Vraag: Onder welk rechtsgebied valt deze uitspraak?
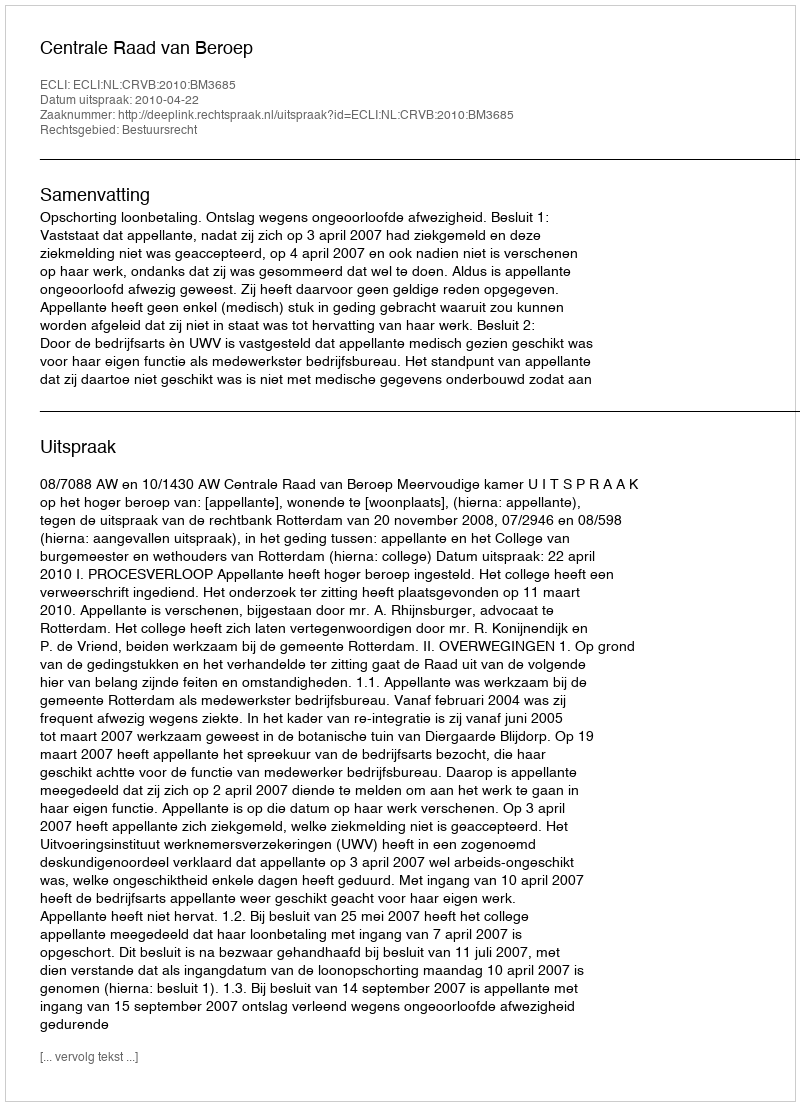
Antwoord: Bestuursrecht